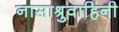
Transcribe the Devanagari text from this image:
नासाश्रुवाहिनी